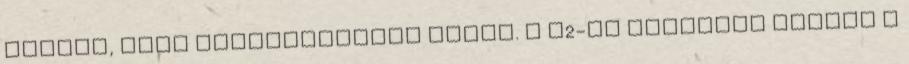
vibrál, vagy folyamatosnak tünik. A v2-es megoldás esetén a